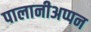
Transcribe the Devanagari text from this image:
पालानीअप्पन